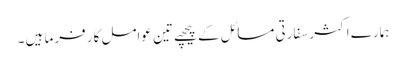
ہمارے اکثر سفارتی مسائل کے پیچھے تین عوامل کار فرما ہیں ۔